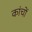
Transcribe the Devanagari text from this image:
कांचों